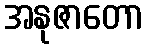
အနုဇာတော